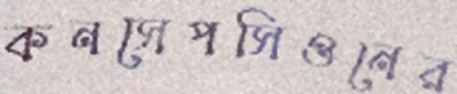
কনসেপসিওনের